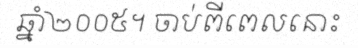
ឆ្នាំ២០០៥។ ចាប់ពីពេលនោះ